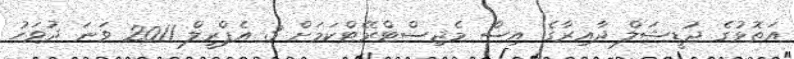
އަތޮޅުގެ ޖުޑީޝަލް ދާއިރާގެ އިސް މެޖިސްޓްރޭޓްކަމަށް 3 އެޕްރީލް 2011 ވަނަ ދުވަހު